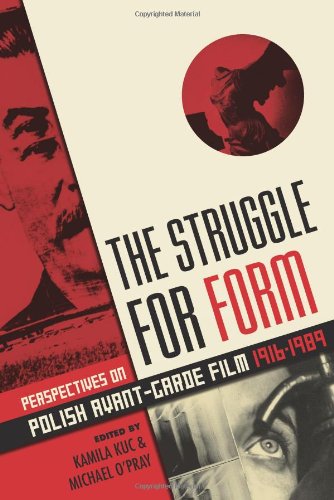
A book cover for The Struggle for Form: Perspectives on Polish Avant-Garde Film 1916-1989; Humor & Entertainment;